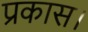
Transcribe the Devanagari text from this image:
प्रकास।